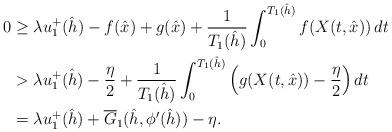
LaTeX: \begin{align*}0 &\geq \lambda u_1^+ (\hat h) - f(\hat x) + g(\hat x) + \frac{1}{T_1 (\hat h)} \int_0^{T_1(\hat h)} f(X(t, \hat x)) \, dt \\ &> \lambda u_1^+ (\hat h) - \frac{\eta}{2} + \frac{1}{T_1 (\hat h)} \int_0^{T_1(\hat h)} \Big( g(X(t, \hat x)) - \frac{\eta}{2} \Big) \, dt \\ &= \lambda u_1^+ (\hat h) + \overline G_1 (\hat h, \phi' (\hat h)) - \eta.\end{align*}